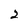
Character: 2